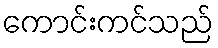
ကောင်းကင်သည်